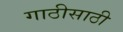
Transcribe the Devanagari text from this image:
गाठीसाठी